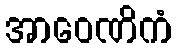
အာဝေဏိကံ